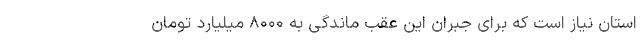
استان نیاز است که برای جبران این عقب ماندگی به ۸۰۰۰ میلیارد تومان